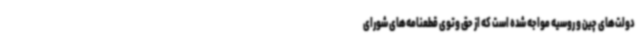
دولت‌های چین و روسیه مواجه شده است که از حق وتوی قطعنامه‌های شورای